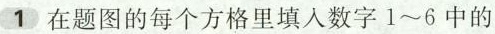
1 在题图的每个方格里填人数字1~6中的